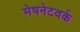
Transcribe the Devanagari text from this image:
मेषनेटवर्क